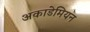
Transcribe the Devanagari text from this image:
अकाडेमियन